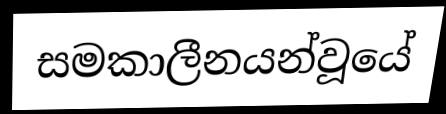
සමකාලීනයන්වූයේ